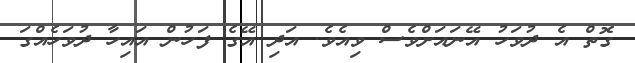
ގޮތް އެ ދުވަހު އޭނައަށްވެސް ވިއެވެ. އަދި އޭގެ ފަހުން އައިހާ ދުވަހެއްގަ